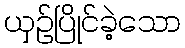
ယှဉ်ပြိုင်ခဲ့သော